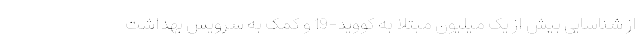
از شناسایی بیش از یک میلیون مبتلا به کووید-19 و کمک به سرویس بهداشت